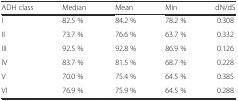
<table><thead><tr><td><b>ADH class</b></td><td><b>Median</b></td><td><b>Mean</b></td><td><b>Min</b></td><td><b>dN/dS</b></td></tr></thead><tbody><tr><td>I</td><td>82.5 %</td><td>84.2 %</td><td>78.2 %</td><td>0.308</td></tr><tr><td>II</td><td>73.7 %</td><td>76.6 %</td><td>63.7 %</td><td>0.332</td></tr><tr><td>III</td><td>92.5 %</td><td>92.8 %</td><td>86.9 %</td><td>0.126</td></tr><tr><td>IV</td><td>83.7 %</td><td>81.5 %</td><td>68.7 %</td><td>0.228</td></tr><tr><td>V</td><td>70.0 %</td><td>75.4 %</td><td>64.5 %</td><td>0.385</td></tr><tr><td>VI</td><td>76.9 %</td><td>75.9 %</td><td>64.5 %</td><td>0.288</td></tr></tbody></table>